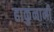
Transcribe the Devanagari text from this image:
हाकुनानी